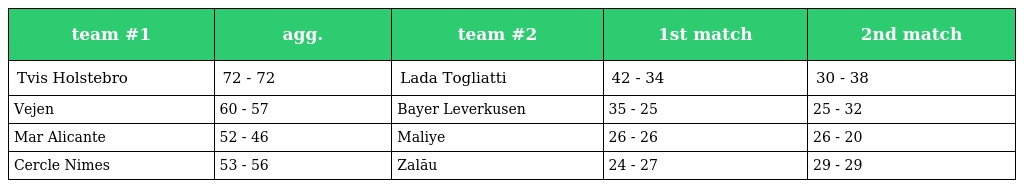
| team #1 | agg. | team #2 | 1st match | 2nd match |
 | --- | --- | --- | --- | --- |
 | Tvis Holstebro | 72 - 72 | Lada Togliatti | 42 - 34 | 30 - 38 |
 | Vejen | 60 - 57 | Bayer Leverkusen | 35 - 25 | 25 - 32 |
 | Mar Alicante | 52 - 46 | Maliye | 26 - 26 | 26 - 20 |
 | Cercle Nimes | 53 - 56 | Zalău | 24 - 27 | 29 - 29 |